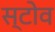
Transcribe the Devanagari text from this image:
स्‍टोव